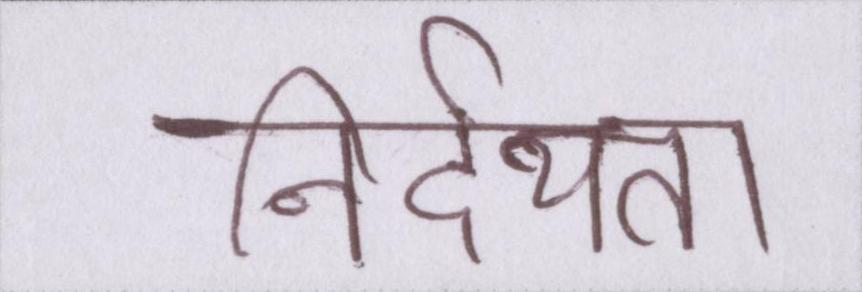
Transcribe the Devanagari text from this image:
निर्दयता